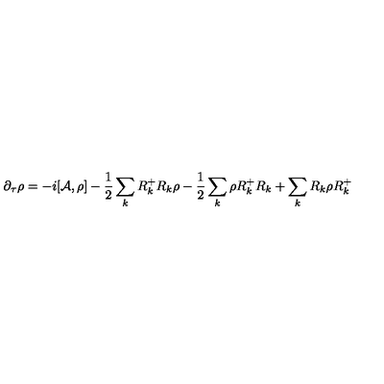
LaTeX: \partial _ { \tau } \rho = - i [ { \cal A } , \rho ] - \frac { 1 } { 2 } \sum _ { k } R _ { k } ^ { + } R _ { k } \rho - \frac { 1 } { 2 } \sum _ { k } \rho R _ { k } ^ { + } R _ { k } + \sum _ { k } R _ { k } \rho R _ { k } ^ { + }